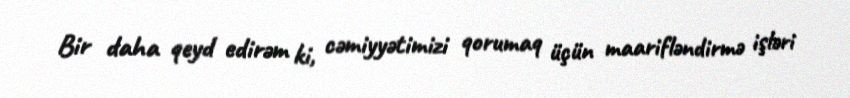
Bir daha qeyd edirəm ki, cəmiyyətimizi qorumaq üçün maarifləndirmə işləri